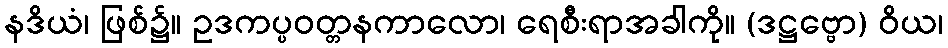
နဒိယံ၊ ဖြစ်၌။ ဥဒကပ္ပဝတ္တနကာလော၊ ရေစီးရာအခါကို။ (ဒဋ္ဌဗ္ဗော) ဝိယ၊